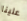
علينا